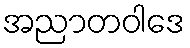
အညာတဝါဒေ